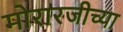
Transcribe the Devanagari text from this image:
मोरारजीच्या